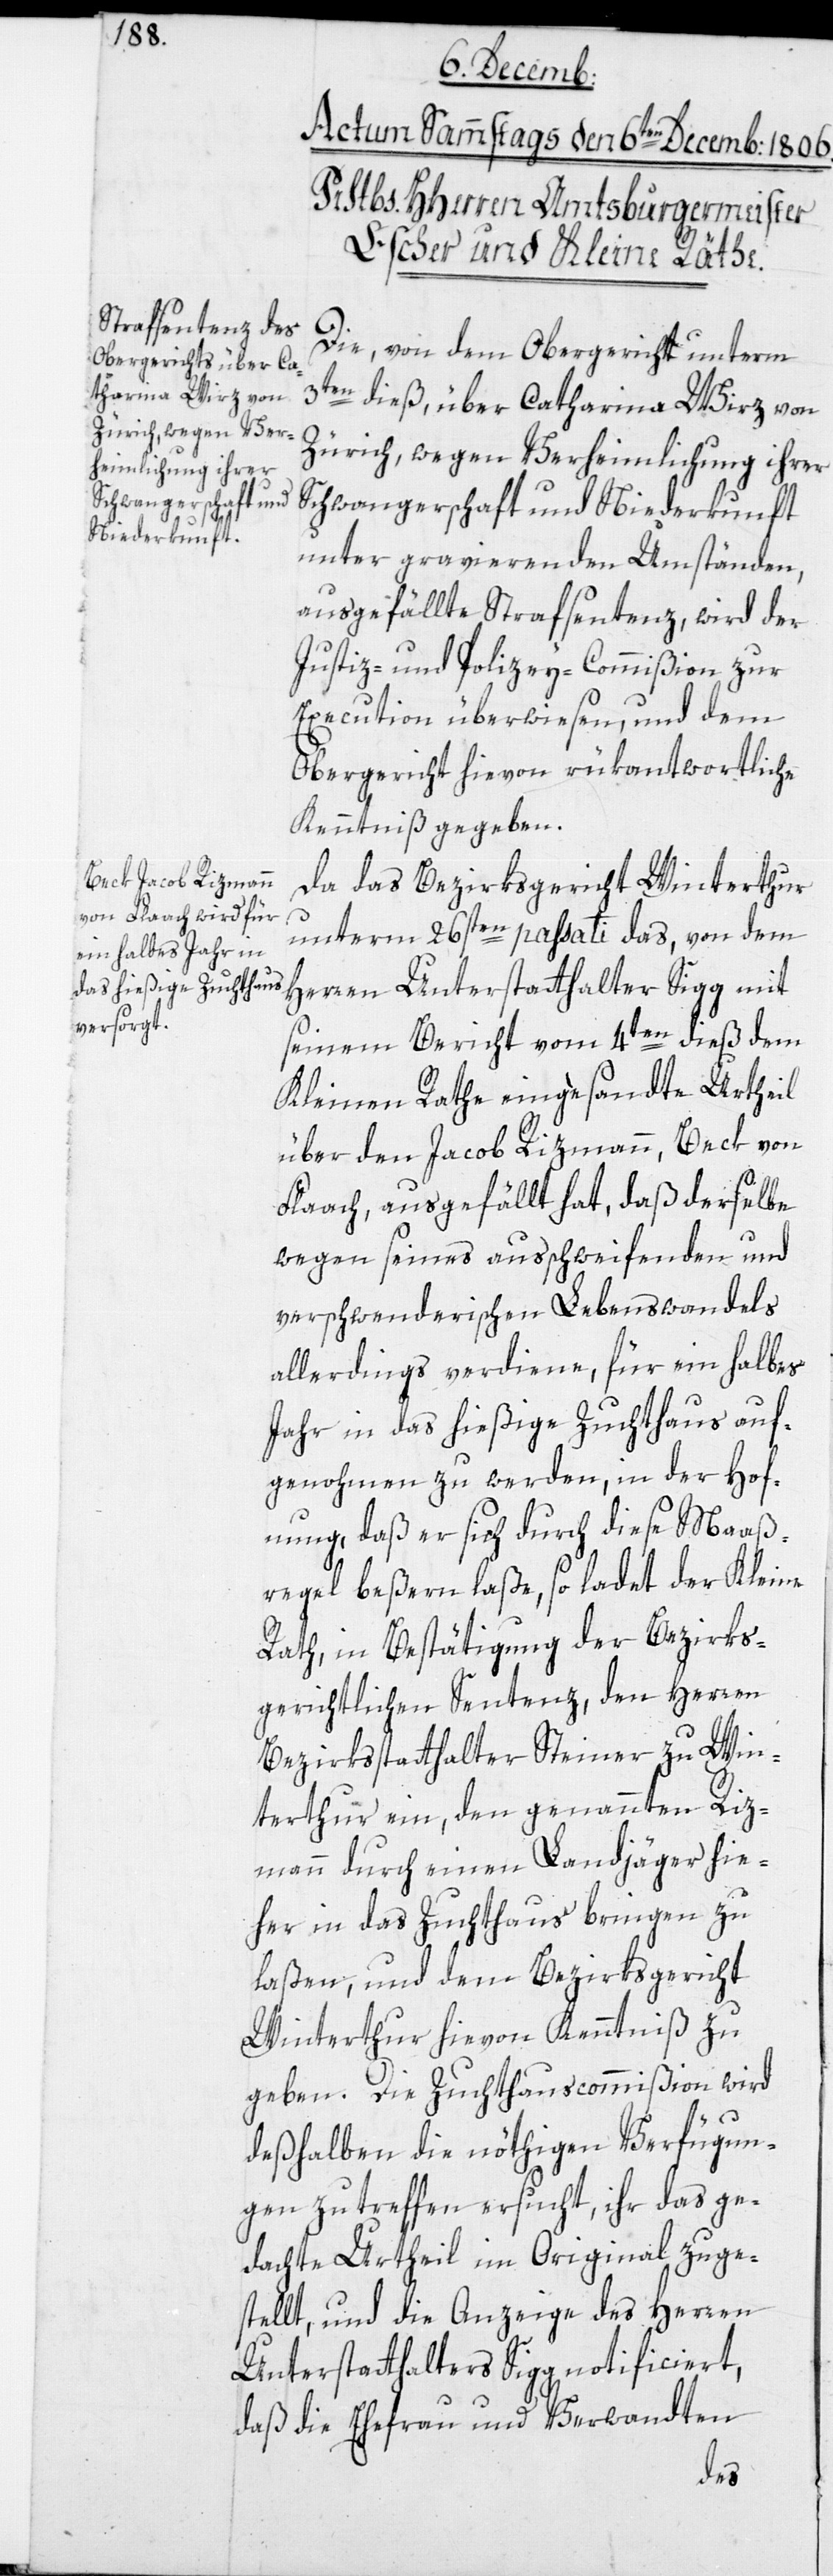
Die von dem Obergericht unterm
3ten
dieß, über Catharina Wirz von
Zürich, wegen Verheimlichung ihrer
Schwangerschaft und Niederkunft
unter gravierenden Umständen,
ausgefällte Strafsentenz, wird der
Justiz- und Polizey-Commißion zur
Execution überwiesen, und dem
Obergericht hievon rükantwortliche
Kenntniß gegeben.
Da das Bezirksgericht Winterthur
unterm 26sten passati das, von dem
Herren Unterstatthalter Sigg mit
seinem Bericht vom 4ten dieß dem
Kleinen Rathe eingesandte Urtheil
über den Jacob Rizmann, Beck von
Flaach, ausgefällt hat, daß derselbe
wegen seines ausschweifenden und
verschwenderischen Lebenswandels
allerdings verdiene, für ein halbes
Jahr in das hießige Zuchthaus auf¬
genohmen zu werden, in der Hof¬
nung, daß er sich durch diese Maaß¬
regel beßern laße, so ladet der Kleine
Rath, in Bestätigung der Bezirks¬
gerichtlichen Sentenz, den Herren
Bezirksstatthalter Steiner zu Win¬
terthur ein, den genannten Riz¬
mann durch einen Landjäger hie¬
her in das Zuchthaus bringen zu
laßen, und dem Bezirksgericht
Winterthur hievon Kenntniß zu
geben. Die Zuchthauscommißion wird
deßhalben die nöthigen Verfügun¬
gen zu treffen ersucht, ihr das ge¬
dachte Urtheil im Original zuge¬
stellt, und die Anzeige des Herren
Unterstatthalters Sigg notificiert,
daß die Ehefrau und Verwandten